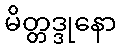
မိတ္တဒ္ဒုနော